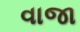
વાજા